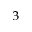
_ { 3 }